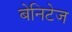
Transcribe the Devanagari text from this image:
बेनिटेज